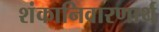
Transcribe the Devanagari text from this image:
शंकानिवारणार्थ